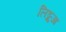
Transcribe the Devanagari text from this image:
लिङ्गुआ